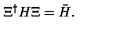
\Xi ^ { \dagger } H \Xi = { \bar { H } } .